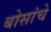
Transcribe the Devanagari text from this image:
बोसांचे